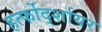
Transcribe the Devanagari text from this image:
हर्त्फोर्द्शायर